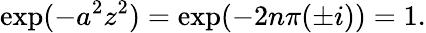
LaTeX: \exp(-a^{2}z^{2})=\exp(-2n\pi(\pm i))=1.